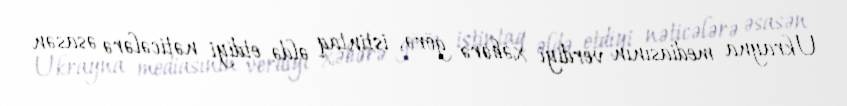
Ukrayna mediasının verdiyi xəbərə görə, istintaq əldə etdiyi nəticələrə əsasən